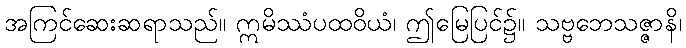
အကြင်ဆေးဆရာသည်။ ဣမိဿံပထဝိယံ၊ ဤမြေပြင်၌။ သဗ္ဗဘေသဇ္ဇာနိ၊